Scottish Leaving Certificate Examination, 1954
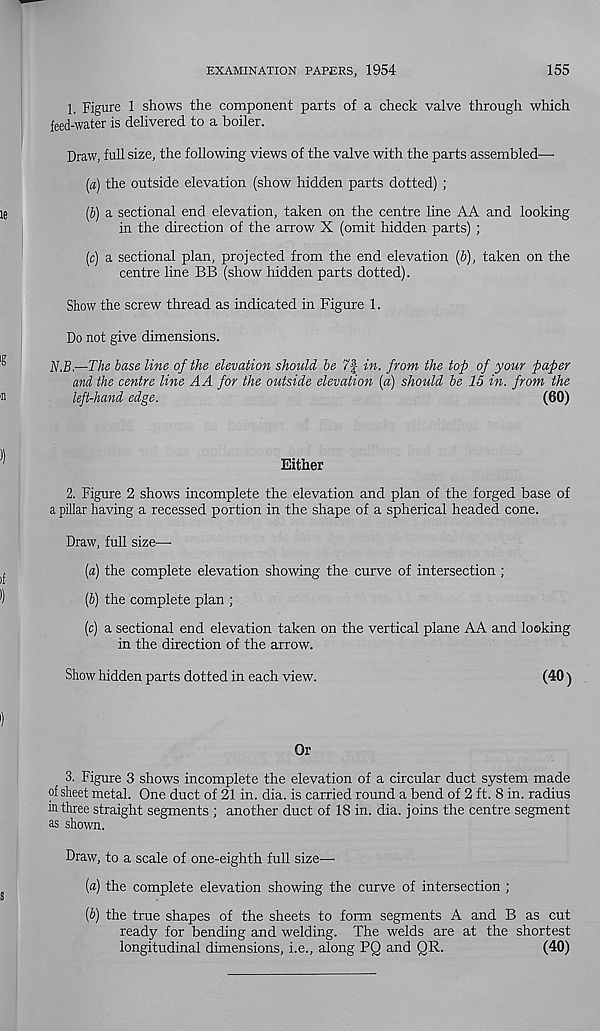
EXAMINATION PAPERS, 1954
155
1. Figure 1 shows the component parts of a check valve through which
feed-water is delivered to a boiler.
Draw, full size, the following views of the valve with the parts assembled—-
(a) the outside elevation (show hidden parts dotted) ;
(b) a sectional end elevation, taken on the centre line AA and looking
in the direction of the arrow X (omit hidden parts) ;
(c) a sectional plan, projected from the end elevation (&), taken on the
centre line BB (show hidden parts dotted).
Show the screw thread as indicated in Figure 1.
Do not give dimensions.
N.B,—The base line of the elevation should be 7\ in. from the top of your paper
and the centre line A A for the outside elevation (a) should be 15 in. from the
left-hand edge.
(60)
Either
2. Figure 2 shows incomplete the elevation and plan of the forged base of
a pillar having a recessed portion in the shape of a spherical headed cone.
Draw, full size—
[а) the complete elevation showing the curve of intersection ;
(б) the complete plan ;
(c) a sectional end elevation taken on the vertical plane AA and looking
in the direction of the arrow.
Show hidden parts dotted in each view.
(40)
Or
3. Figure 3 shows incomplete the elevation of a circular duct system made
of sheet metal. One duct of 21 in. dia. is carried round a bend of 2 ft. 8 in. radius
in three straight segments ; another duct of 18 in. dia. joins the centre segment
as shown.
Draw, to a scale of one-eighth full size—
(a) the complete elevation showing the curve of intersection ;
[b) the true shapes of the sheets to form segments A and B as cut
ready for bending and welding. The welds are at the shortest
longitudinal dimensions, i.e., along PQ and QR.
(40)